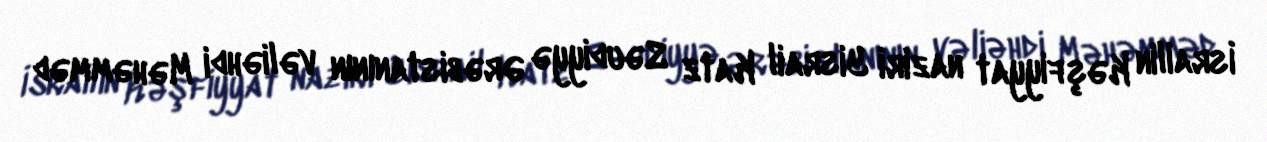
İsrailin Kəşfiyyat naziri Yisrail Katz Səudiyyə Ərəbistanının vəliəhdi Məhəmməd